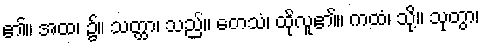
၏။ အထ၊ ၌။ သတ္ထာ၊ သည်။ တေသံ၊ ထိုလူ၏။ ကထံ၊ သို့။ သုတွာ၊